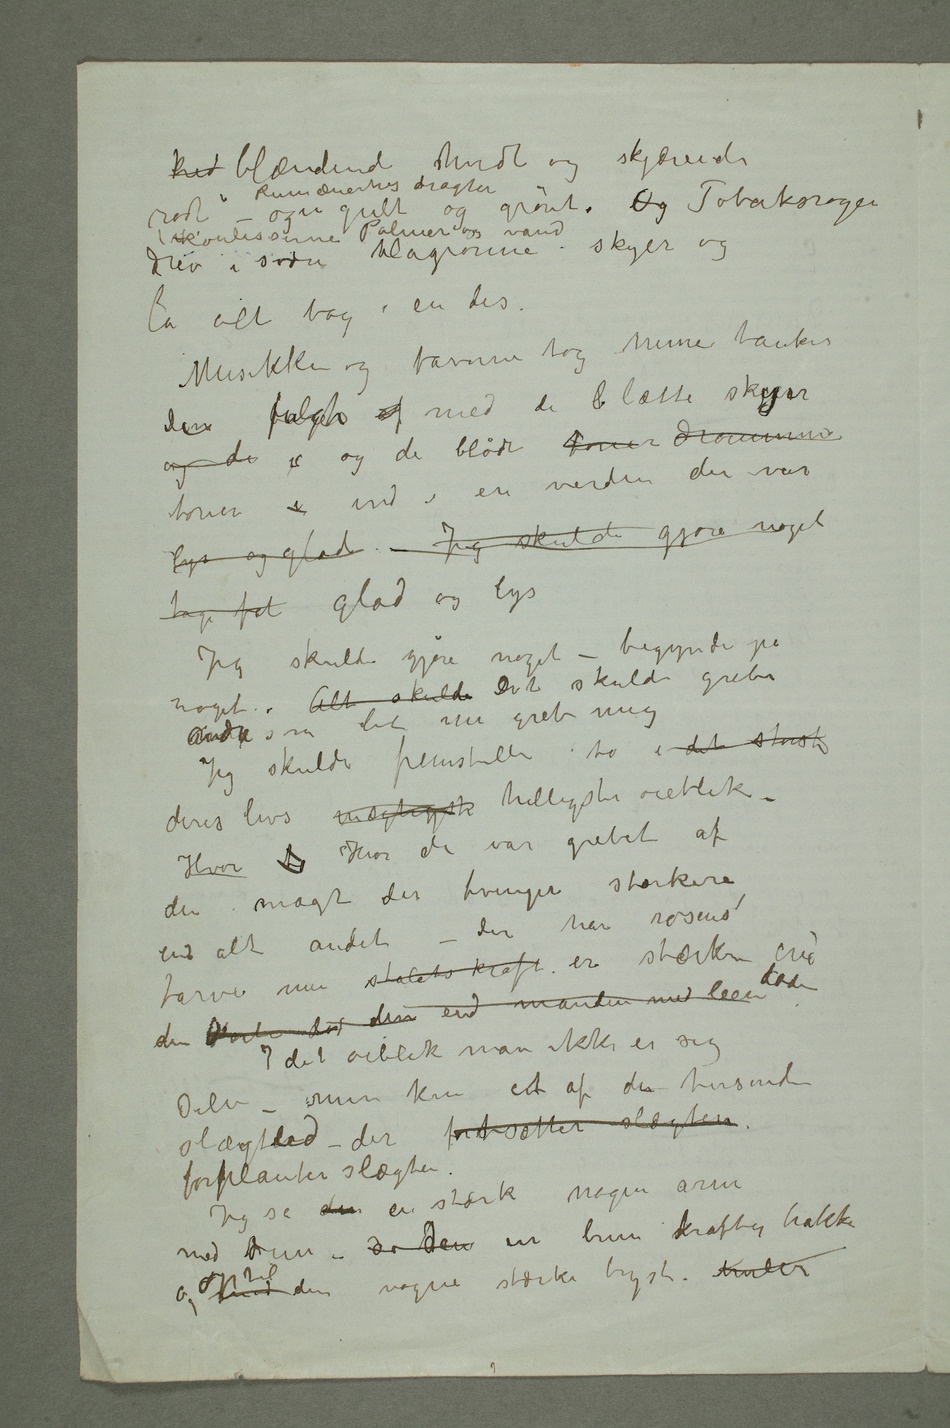
krid blændende hvidt og skjærende rødt
i Rumænernes dragter
drev i svære blågrønne skyer og
la alt bag i en dis.
Musikken og farverne tog mine tanker
De fulgte af med de l lætte skyer
og de  og de bløde toner drømmer toner i ind i en
verden der var
lys og glad – Jeg skulde gjøre noget
tage fat glad og lys
Jeg skulde gjøre noget – begynde på noget.
Alt skulde Det skulde gribe
andre som det nu greb mig
Jeg skulde fremstille to i det største
deres livs mægtigste helligste øieblik –
Hvor to Hvor de var grebet af
den magt der tvinger stærkere
end alt andet – der har rosens
farve men stålets kraft er stærkere end døden den
Døden d den  end manden med leen
I det øieblik man ikke er sig
selv – men kun ent af de tusinde
slægtled – der fortsætter slægten
forplanter slægten.
Jeg så den en stærk nøgen arm
med dun – så den en brun skraftig nakke og
mod optil den nøgne stærke bryst – Kneler